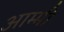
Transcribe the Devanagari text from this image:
आम्मी